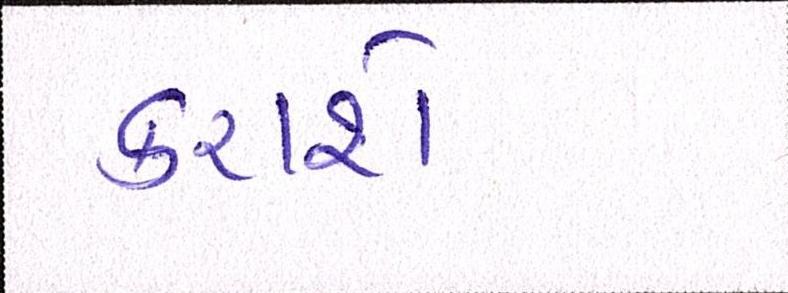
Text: કરાશે